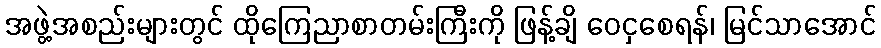
အဖွဲ့အစည်းများတွင် ထိုကြေညာစာတမ်းကြီးကို ဖြန့်ချိ ဝေငှစေရန်၊ မြင်သာအောင်